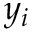
y _ { i }